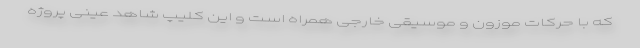
که با حرکات موزون و موسیقی خارجی همراه است و این کلیپ شاهد عینی پروژه